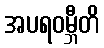
အပရဝမ္ဘီတိ